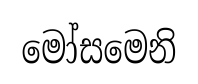
මෝසමෙනි